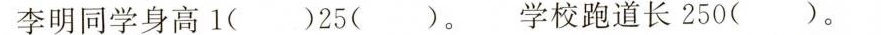
李明同学身高1()25()。 学校跑道长250()。